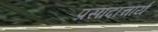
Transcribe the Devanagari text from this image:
प्रसादाचार्य